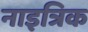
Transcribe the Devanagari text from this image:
नाइत्रिक